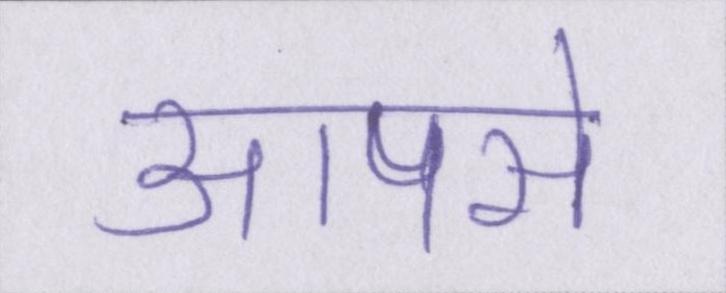
आपसे